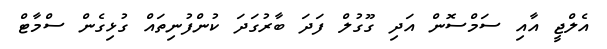
އެލްޖީ އާއި ސަމްސޮން އަދި ގޫގުލް ފަދަ ބާރުގަދަ ކުންފުނިތައް ގުޅިގެން ސްމާޓް